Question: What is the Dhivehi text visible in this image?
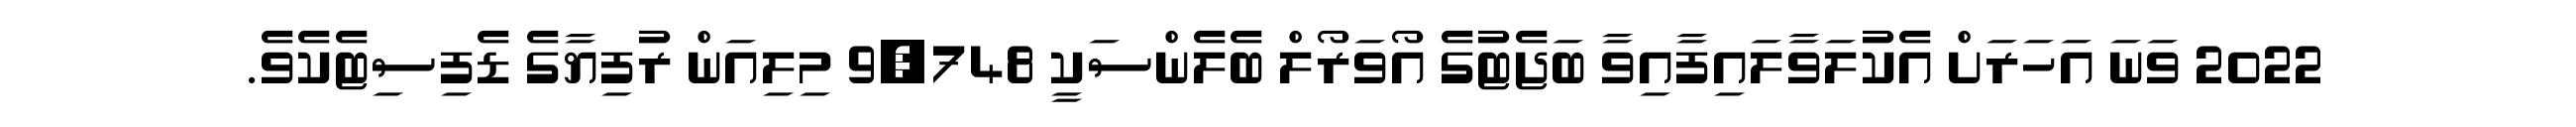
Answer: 2022 ވަނަ އަހަރަށް އެކުލަވާލައިފާއިވާ ބަޖެޓުގެ އޯވަރޯލް ބެލެންސަކީ 9,748 މިލިއަން ރުފިޔާގެ ޑެފިސިޓެކެވެ.